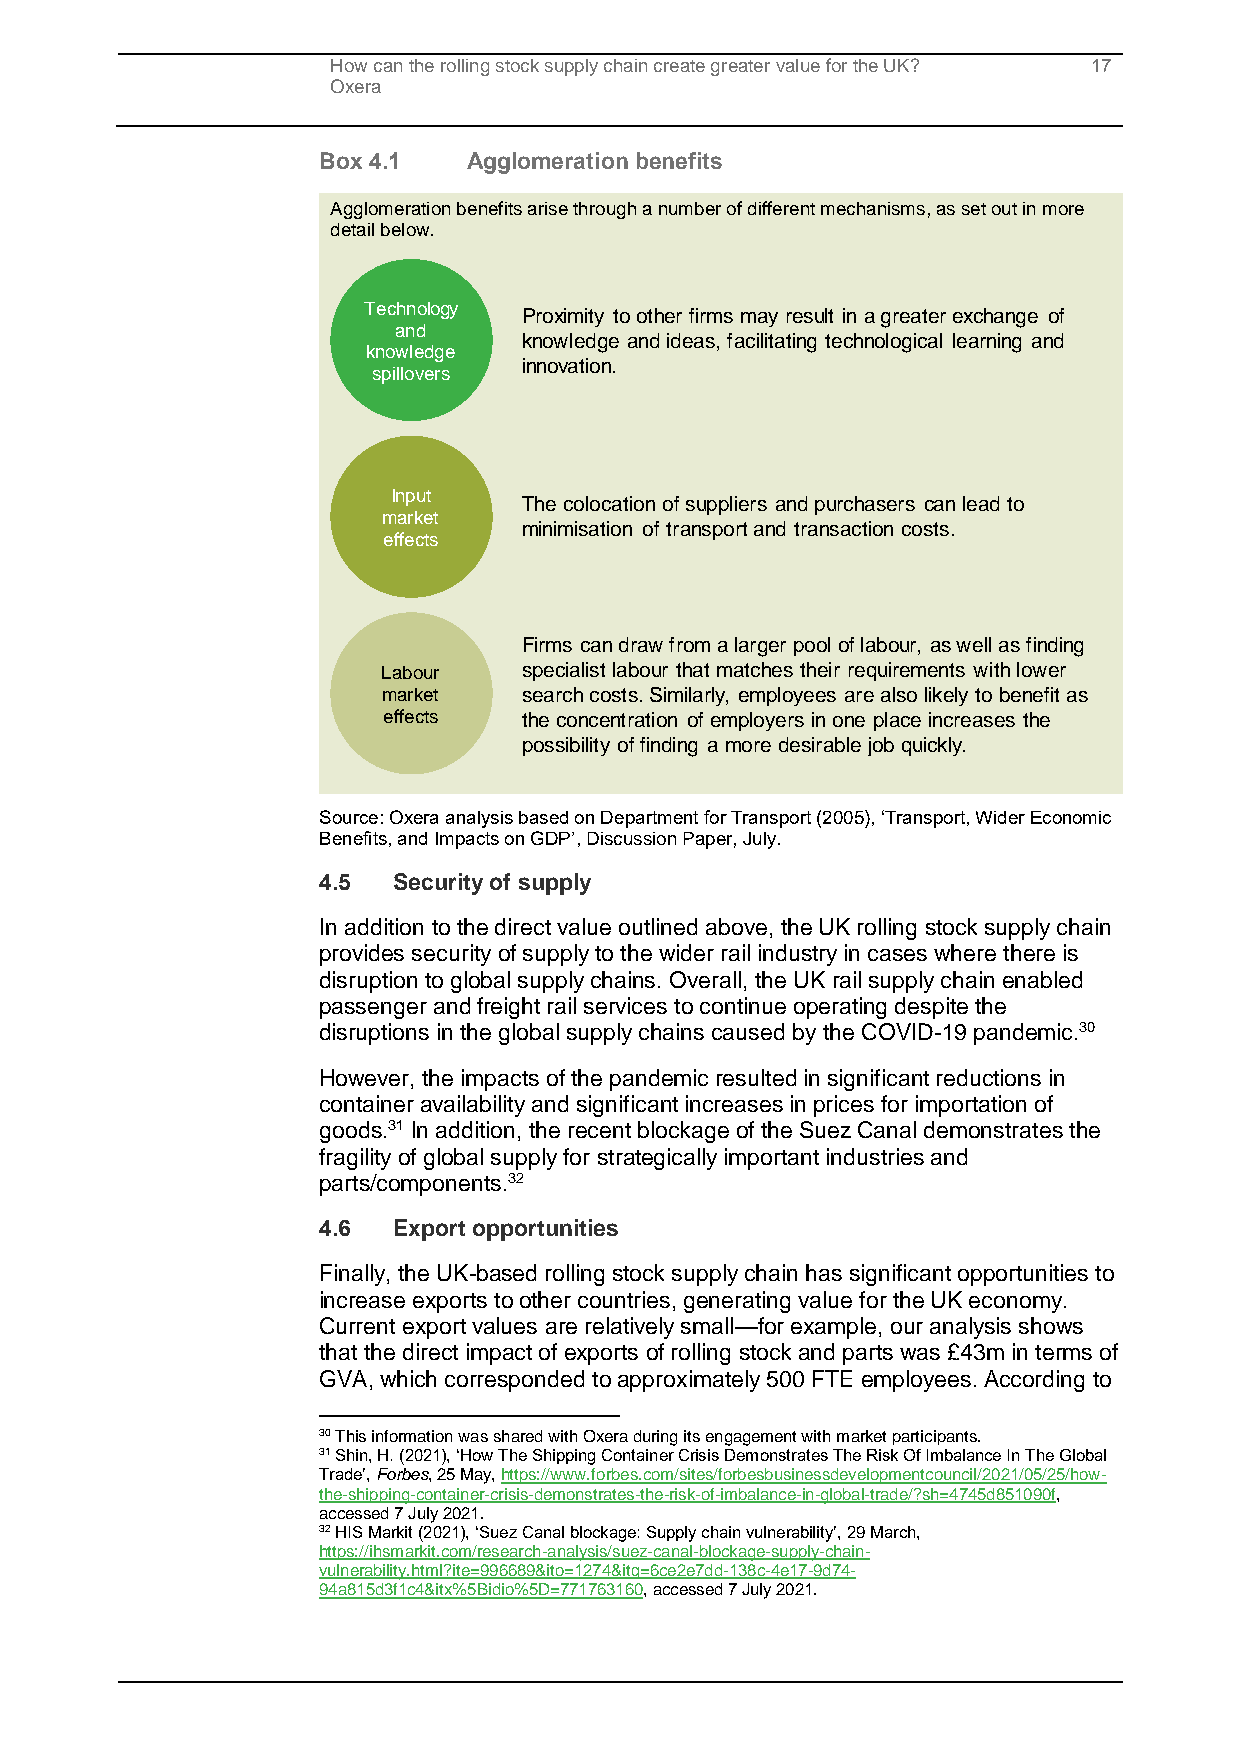
How can the rolling stock supply chain create greater value for the UK? 17
 Oxera
 Box 4.1   Agglomeration benefits
 Agglomeration benefits arise through a number of different mechanisms, as set out in more
 detail below.
 Technology Proximity to other firms may result in a greater exchange of
 and
 knowledge and ideas, facilitating technological learning and
 knowledge
 innovation.
 spillovers
 Input
 The colocation of suppliers and purchasers can lead to
 market
 minimisation of transport and transaction costs.
 effects
 Firms can draw from a larger pool of labour, as well as finding
 Labour    specialist labour that matches their requirements with lower
 market    search costs. Similarly, employees are also likely to benefit as
 effects   the concentration of employers in one place increases the
 possibility of finding a more desirable job quickly.
 Source: Oxera analysis based on Department for Transport (2005), ‘Transport, Wider Economic
 Benefits, and Impacts on GDP’, Discussion Paper, July.
 4.5  Security of supply
 In addition to the direct value outlined above, the UK rolling stock supply chain
 provides security of supply to the wider rail industry in cases where there is
 disruption to global supply chains. Overall, the UK rail supply chain enabled
 passenger and freight rail services to continue operating despite the
 disruptions in the global supply chains caused by the COVID-19 pandemic.30
 However, the impacts of the pandemic resulted in significant reductions in
 container availability and significant increases in prices for importation of
 goods.31 In addition, the recent blockage of the Suez Canal demonstrates the
 fragility of global supply for strategically important industries and
 parts/components.32
 4.6  Export opportunities
 Finally, the UK-based rolling stock supply chain has significant opportunities to
 increase exports to other countries, generating value for the UK economy.
 Current export values are relatively small—for example, our analysis shows
 that the direct impact of exports of rolling stock and parts was £43m in terms of
 GVA, which corresponded to approximately 500 FTE employees. According to
 30 This information was shared with Oxera during its engagement with market participants.
 31 Shin, H. (2021), ‘How The Shipping Container Crisis Demonstrates The Risk Of Imbalance In The Global
 Trade’, Forbes, 25 May, https://www.forbes.com/sites/forbesbusinessdevelopmentcouncil/2021/05/25/how-
 the-shipping-container-crisis-demonstrates-the-risk-of-imbalance-in-global-trade/?sh=4745d851090f,
 accessed 7 July 2021.
 32 HIS Markit (2021), ‘Suez Canal blockage: Supply chain vulnerability’, 29 March,
 https://ihsmarkit.com/research-analysis/suez-canal-blockage-supply-chain-
 vulnerability.html?ite=996689&ito=1274&itq=6ce2e7dd-138c-4e17-9d74-
 94a815d3f1c4&itx%5Bidio%5D=771763160, accessed 7 July 2021.